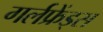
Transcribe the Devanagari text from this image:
गर्लफ्रेंड्स